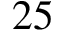
2 5